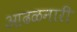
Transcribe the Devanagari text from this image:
आढळनारी